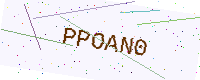
Text: PPOAN0